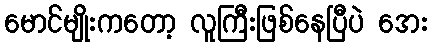
မောင်မျိုးကတော့ လူကြီးဖြစ်နေပြီပဲ အေး